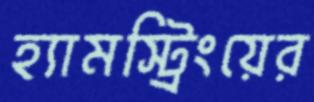
হ্যামস্ট্রিংয়ের